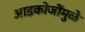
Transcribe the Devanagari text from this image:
आडकोजींमुळे